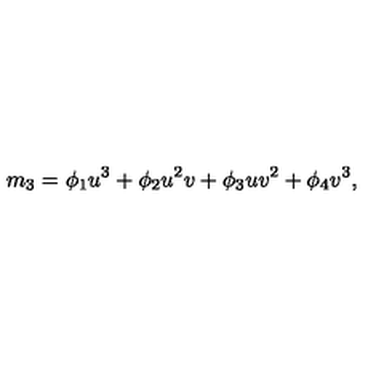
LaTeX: m _ { 3 } = \phi _ { 1 } u ^ { 3 } + \phi _ { 2 } u ^ { 2 } v + \phi _ { 3 } u v ^ { 2 } + \phi _ { 4 } v ^ { 3 } ,